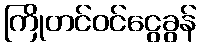
ကြိုတင်ဝင်ငွေခွန်